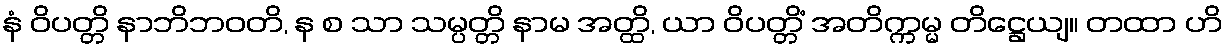
နံ ဝိပတ္တိ နာဘိဘဝတိ, န စ သာ သမ္ပတ္တိ နာမ အတ္ထိ, ယာ ဝိပတ္တိံ အတိက္ကမ္မ တိဋ္ဌေယျ။ တထာ ဟိ